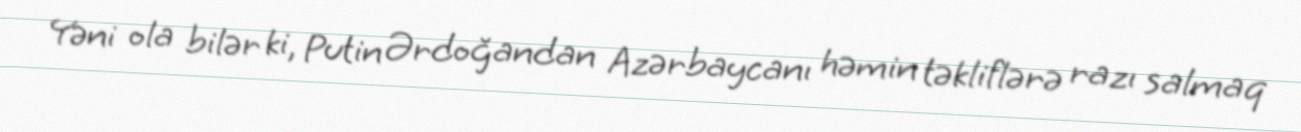
Yəni ola bilər ki, Putin Ərdoğandan Azərbaycanı həmin təkliflərə razı salmaq